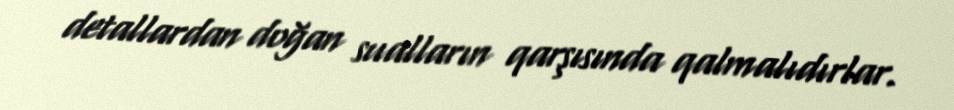
detallardan doğan sualların qarşısında qalmalıdırlar.